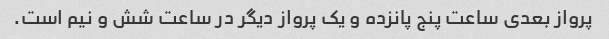
پرواز بعدی ساعت پنج پانزده و یک پرواز دیگر در ساعت شش و نیم است.